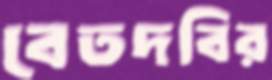
বেতদবির